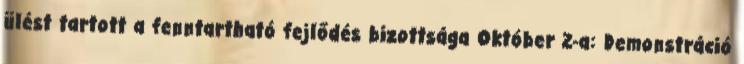
ülést tartott a fenntartható fejlődés bizottsága Október 2-a: Demonstráció